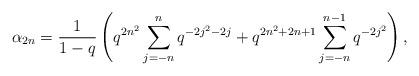
LaTeX: \begin{align*} \alpha_{2n} = \frac{1}{1-q}\left(q^{2n^2}\sum_{j=-n}^{n}q^{-2j^2-2j} + q^{2n^2+2n+1}\sum_{j=-n}^{n-1}q^{-2j^2}\right), \end{align*}